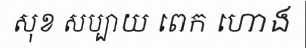
សុខ សប្បាយ ពេក ហោង